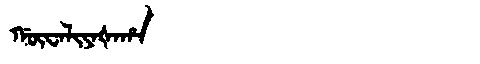
Manchu: ᡤᡡᠸᠠᠯᡳᠶᠠᡧᠠᡥᠠ
Romanization: GŪWALIYAŠAHA